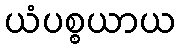
ယံပစ္စယာယ